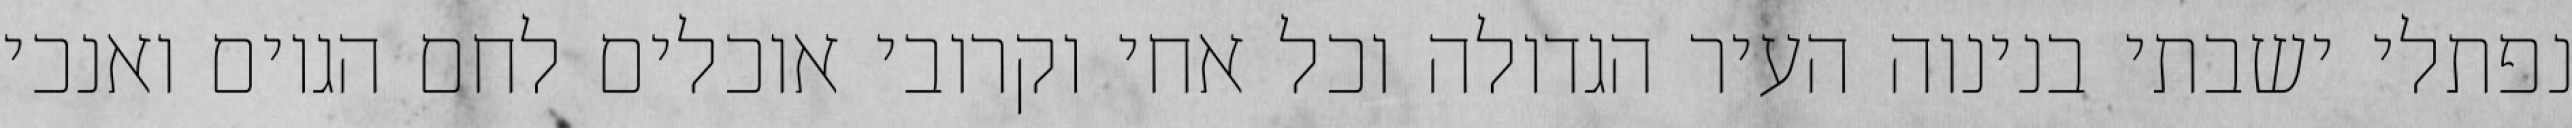
נפתלי ישבתי בנינוה העיר הגדולה וכל אחי וקרובי אוכלים לחם הגוים ואנכי